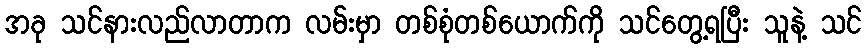
အခု သင်နားလည်လာတာက လမ်းမှာ တစ်စုံတစ်ယောက်ကို သင်တွေ့ရပြီး သူနဲ့ သင်